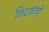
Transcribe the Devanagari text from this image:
किटकांची